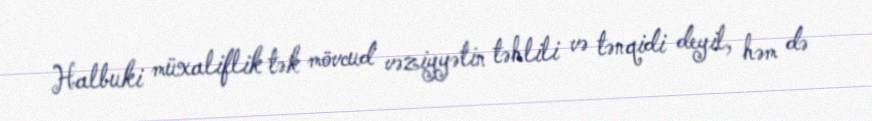
Halbuki müxaliflik tək mövcud vəziyyətin təhlili və tənqidi deyil, həm də